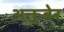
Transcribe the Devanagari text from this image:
अक्तूबेर